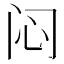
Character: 闷